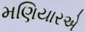
મણિયારએ